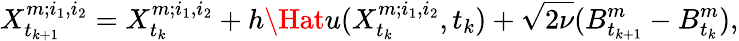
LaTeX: X_{t_{k+1}}^{m;i_{1},i_{2}}=X_{t_{k}}^{m;i_{1},i_{2}}+h\Hat{u}(X_{t_{k}}^{m;i_{1},i_{2}},t_{k})+\sqrt{2\nu}(B_{t_{k+1}}^{m}-B_{t_{k}}^{m}),